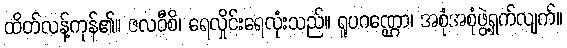
ထိတ်လန့်ကုန်၏။ ဇလဝီစိ၊ ရေလှိုင်းရေလုံးသည်။ ရူပဂဏ္ဌော၊ အစုံအစုံဖွဲ့ရှက်လျက်။